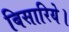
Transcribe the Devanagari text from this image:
बिसारिये।